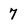
Character: 7